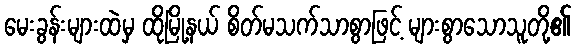
မေးခွန်းများထဲမှ ထိုမြို့နယ် စိတ်မသက်သာစွာဖြင့် များစွာသောသူတို့၏